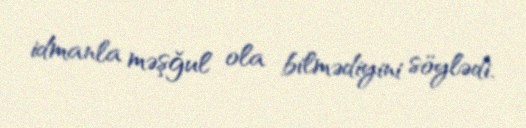
idmanla məşğul ola bilmədiyini söylədi.